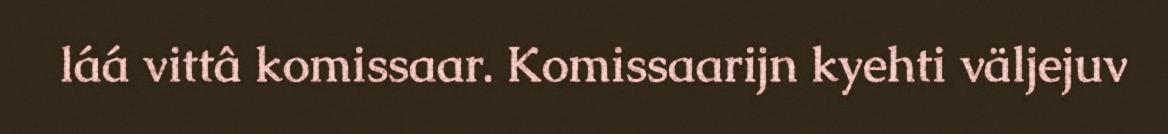
láá vittâ komissaar. Komissaarijn kyehti väljejuv